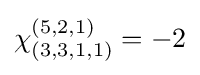
\chi _{(3,3,1,1)}^{(5,2,1)}=-2